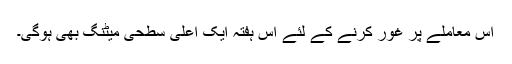
اس معاملے پر غور کرنے کے لئے اس ہفتہ ایک اعلیٰ سطحی میٹنگ بھی ہوگی۔